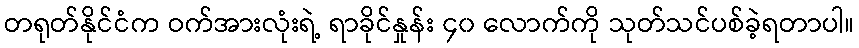
တရုတ်နိုင်ငံက ဝက်အားလုံးရဲ့ ရာခိုင်နှုန်း ၄၀ လောက်ကို သုတ်သင်ပစ်ခဲ့ရတာပါ။